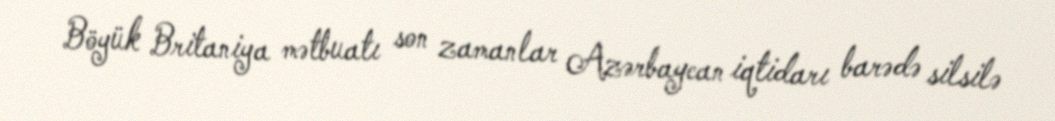
Böyük Britaniya mətbuatı son zamanlar Azərbaycan iqtidarı barədə silsilə